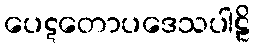
ပေဋတောပဒေသပါဠိ